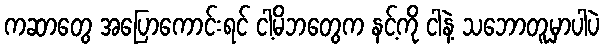
ကဆာတွေ အပြောကောင်းရင် ငါ့မိဘတွေက နင့်ကို ငါနဲ့ သဘောတူမှာပါပဲ